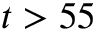
t > 5 5